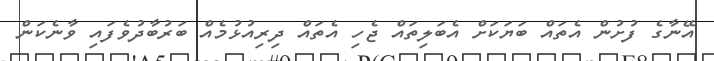
އޭނާގެ ފުށުން އެތައް ބަޔަކަށް އެބަލިތައް ޖެހި އެތައް ދިރިއުޅުމެއް ބަރުބާދުވެފައި ވާނެކަން